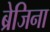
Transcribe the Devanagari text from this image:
ब्रेजिना